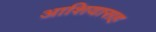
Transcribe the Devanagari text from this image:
आशियासह